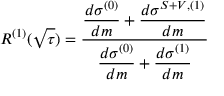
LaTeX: R ^ { ( 1 ) } ( \sqrt { \tau } ) = \frac { \displaystyle \frac { d \sigma ^ { ( 0 ) } } { d m } + \frac { d \sigma ^ { S + V , ( 1 ) } } { d m } } { \displaystyle \frac { d \sigma ^ { ( 0 ) } } { d m } + \frac { d \sigma ^ { ( 1 ) } } { d m } }